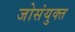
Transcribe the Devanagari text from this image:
जोसंयुक्त